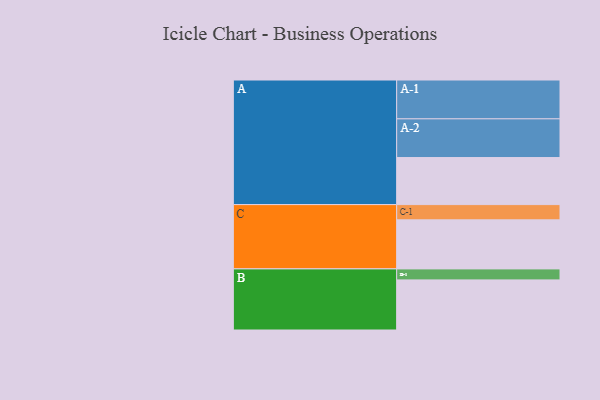
{"axis": {"x": "Segment", "y": "Value"}, "legend": ["", "A", "B", "C"], "data": [{"x": "A", "y": 355, "type": ""}, {"x": "B", "y": 378, "type": ""}, {"x": "C", "y": 370, "type": ""}, {"x": "A-1", "y": 293, "type": "A"}, {"x": "A-2", "y": 292, "type": "A"}, {"x": "B-1", "y": 83, "type": "B"}, {"x": "C-1", "y": 115, "type": "C"}]}